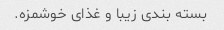
بسته بندی زیبا و غذای خوشمزه.